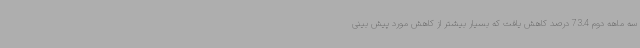
سه ماهه دوم 73.4 درصد کاهش یافت که بسیار بیشتر از کاهش مورد پیش بینی